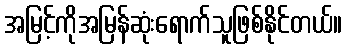
အမြင့်ကိုအမြန်ဆုံးရောက်သူဖြစ်နိုင်တယ်။